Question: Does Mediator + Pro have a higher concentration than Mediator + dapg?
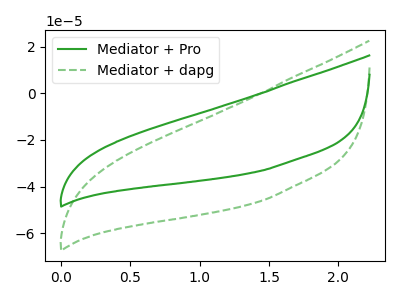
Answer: <think>The green curve "Mediator + Pro" has no peaks. The green dashed curve "Mediator + dapg" has no peaks.
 Neither "Mediator + Pro" or "Mediator + dapg" have any peaks.</think>
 <answer>I cant tell if "Mediator + Pro" or "Mediator + dapg" has higher concentration.</answer>
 <eval>mixed_concentration</eval>